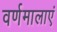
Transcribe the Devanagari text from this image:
वर्णमालाएं